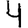
Digit: 4